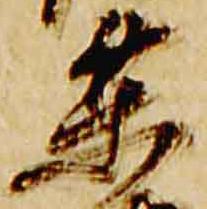
乗